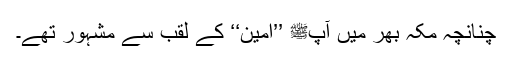
چنانچہ مکہ بھر میں آپﷺ ’’امین‘‘ کے لقب سے مشہور تھے۔